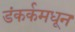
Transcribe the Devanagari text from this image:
डंकर्कमधून